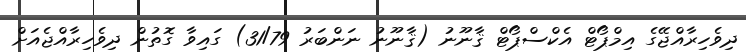
ދިވެހިރާއްޖޭގެ އިމްޕޯޓް އެކްސްޕޯޓް ޤާނޫނު (ޤާނޫނު ނަންބަރު 31/79) ގައިވާ ގޮތުން ދިވެހިރާއްޖެއަށް